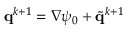
\mathbf { q } ^ { k + 1 } = \nabla \psi _ { 0 } + \tilde { \mathbf { q } } ^ { k + 1 }